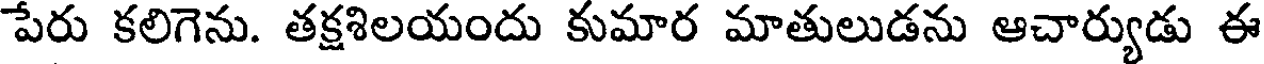
పేరు కలిగెను. తక్షశిలయందు కుమార మాతులుడను ఆచార్యుడు ఈ